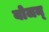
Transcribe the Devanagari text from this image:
योजन्